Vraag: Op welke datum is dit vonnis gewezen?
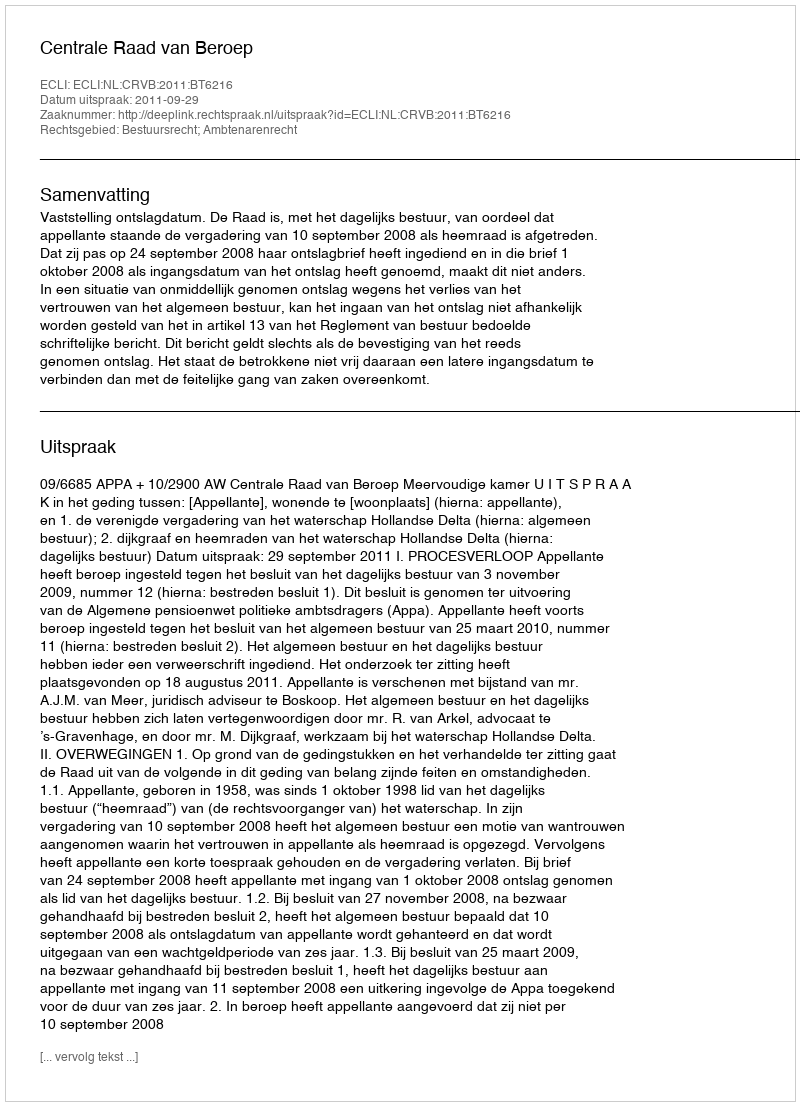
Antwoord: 2011-09-29